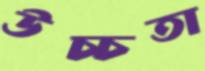
উচ্চতা